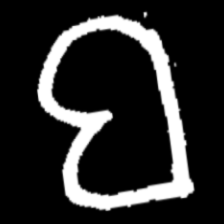
Pyu character \u2014 Myanmar letter: ဗ (romanized: ba)